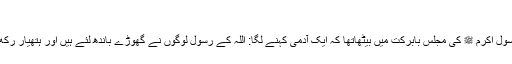
)
’’سلمہ بن نفیل سے روایت ہے ‘کہتے ہیں کہ(فتح مکہ کے بعد)میں رسول اکرم ﷺ کی مجلس بابرکت میں بیٹھاتھا کہ ایک آدمی کہنے لگا: اللہ کے رسول لوگوں نے گھوڑے باندھ لئے ہیں اور ہتھیار رکھ دیئے ہیں کہتے ہیں اب کوئی جہادنہیں،بس اب جنگ ختم ہوچکی ہے۔